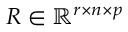
R \in \mathbb { R } ^ { r \times n \times p }